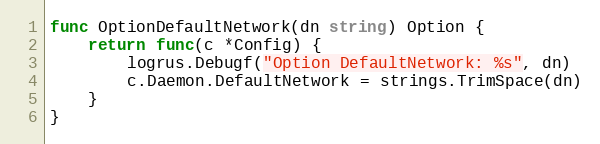
Language: Go
func OptionDefaultNetwork(dn string) Option {
	return func(c *Config) {
		logrus.Debugf("Option DefaultNetwork: %s", dn)
		c.Daemon.DefaultNetwork = strings.TrimSpace(dn)
	}
}